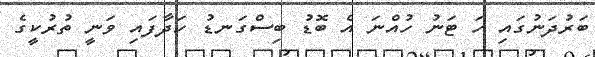
ބަރުދަނުގައި ހަ ޓަނު ހުއްނަ އެ ބޮޑު ބިސްގަނޑު ހަދާފައި ވަނީ ތުރުކީގެ